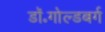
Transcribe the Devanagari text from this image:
डॉ॰गोल्डबर्ग